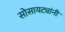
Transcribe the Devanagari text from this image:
सोसायट्यांनी